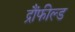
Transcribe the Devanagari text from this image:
द्रौंफील्ड